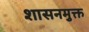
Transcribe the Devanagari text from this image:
शासनमुक्त